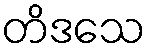
တိဒသေ